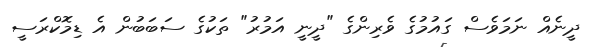
ދީނެއް ނަމަވެސް ގައުމުގެ ވެރިންގެ "ދީނީ އަމުރު" ތަކުގެ ސަބަބުން އެ ޑިމޮކްރަސީ